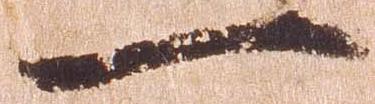
一